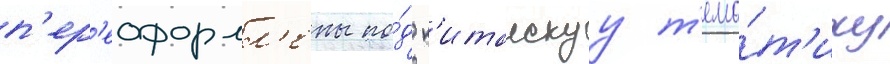
п'ер'еоформл'ены по́д к'итаискуу т'ема́т'ику